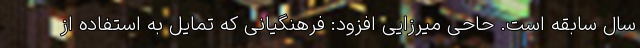
سال سابقه است. حاحی میرزایی افزود: فرهنگیانی که تمایل به استفاده از